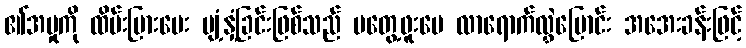
၏အမှုကို ထိမ်းမြားပေး ပျံ့နှံ့ခြင်းဖြစ်သည် မတွေ့ဖူးပေ လာရောက်လွှဲပြောင်း အအေးခန်းဖြင့်